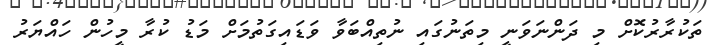
ތަކުރާރުކޮށް މި ދަންނަވަނީ މިތަނުގައި ނުތިއްބަވާ ވަޑައިގަތުމަށް މަޑު ކުރާ މީހުން ހައްޔަރު